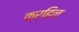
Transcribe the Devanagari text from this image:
क्रहिन